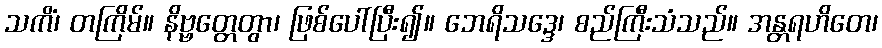
သကိံ၊ တကြိမ်။ နိဗ္ဗတ္တေတွာ၊ ဖြစ်ပေါ်ပြီး၍။ ဘေရိသဒ္ဒေ၊ စည်ကြီးသံသည်။ အန္တရဟိတေ၊